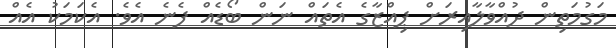
މަގުމަތިން ދުއްވާލާއިރަށް ޕިއްޒާގެ އެތައް ނަން ބޯޑެއް ފެނެ އެވެ. އެކަމަކު އެއް